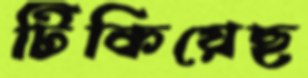
টিকিয়েছ